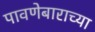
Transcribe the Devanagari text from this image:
पावणेबाराच्या